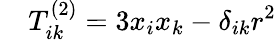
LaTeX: \quad T_{ik}^{(2)}=3x{_{i}}x{_{k}}-\delta_{ik}r^{2}